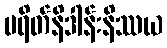
ပရိတ်နိဒါန်းနိဿယ